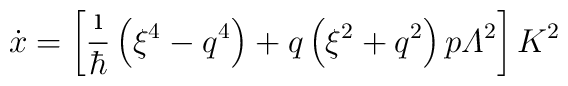
\dot{x}=\left[\frac{\i}{\hbar}\left(\xi^4-q^4\right)+q\left(\xi^2+q^2\right)p{\mit\Lambda}^2\right]K^2